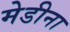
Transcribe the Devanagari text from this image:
मेडीना